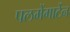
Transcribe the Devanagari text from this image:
पलमेंगार्टेन